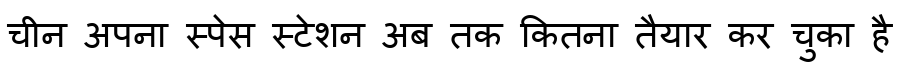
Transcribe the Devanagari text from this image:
चीन अपना स्पेस स्टेशन अब तक कितना तैयार कर चुका है